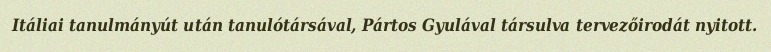
Itáliai tanulmányút után tanulótársával, Pártos Gyulával társulva tervezőirodát nyitott.